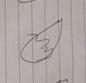
Signature authenticity: forged